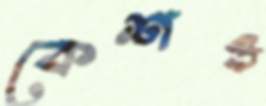
কেশও